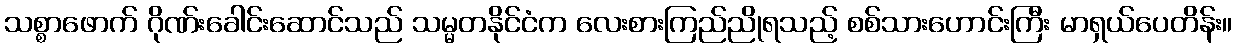
သစ္စာဖောက် ဂိုဏ်းခေါင်းဆောင်သည် သမ္မတနိုင်ငံက လေးစားကြည်ညိုရသည့် စစ်သားဟောင်းကြီး မာရှယ်ပေတိန်း။